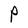
Character: P